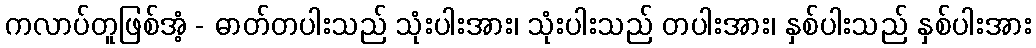
ကလာပ်တူဖြစ်အံ့ - ဓာတ်တပါးသည် သုံးပါးအား၊ သုံးပါးသည် တပါးအား၊ နှစ်ပါးသည် နှစ်ပါးအား